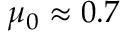
\mu _ { 0 } \approx 0 . 7